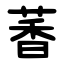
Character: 萫